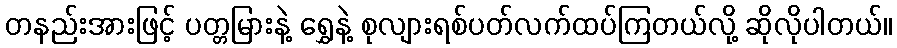
တနည်းအားဖြင့် ပတ္တမြားနဲ့ ရွှေနဲ့ စုလျားရစ်ပတ်လက်ထပ်ကြတယ်လို့ ဆိုလိုပါတယ်။